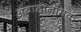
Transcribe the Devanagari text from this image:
अंबाडानामक